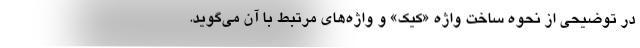
در توضیحی از نحوه ساخت واژه «کیک» و واژه‌های مرتبط با آن می‌گوید.